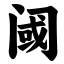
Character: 阈